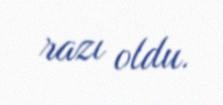
razı oldu.